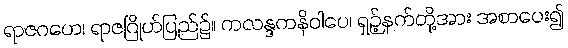
ရာဇဂဟေ၊ ရာဇဂြိုဟ်ပြည်၌။ ကလန္ဒကနိဝါပေ၊ ရှဉ့်နက်တို့အား အစာပေး၍